Civil Veterinary Department Bihar & Orissa reports 1911-21 - 1911-1921
Year: 1911
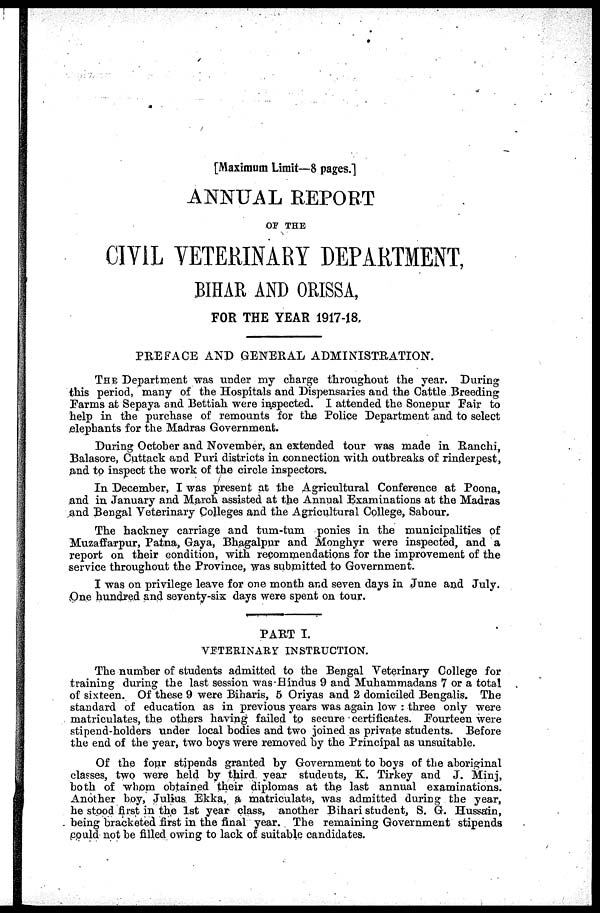
[Maximum Limit—8 pages.]
ANNUAL REPORT
OF THE
CIVIL VETERINARY DEPARTMENT,
BIHAR AND ORISSA,
FOR THE YEAR 1917-18.
PREFACE AND GENERAL ADMINISTRATION.
THE Department was under my charge throughout the year. During
this period, many of the Hospitals and Dispensaries and the Cattle Breeding
Farms at Sepaya and Bettiah were inspected. I attended the Sonepur Pair to
help in the purchase of remounts for the Police Department and to select
elephants for the Madras Government.
During October and November, an extended tour was made in Ranchi,
Balasore, Cuttack and Puri districts in connection with outbreaks of rinderpest,
and to inspect the work of the circle inspectors.
In December, I was present at the Agricultural Conference at Poona,
and in January and March assisted at the Annual Examinations at the Madras
and Bengal Veterinary Colleges and the Agricultural College, Sabour.
The hackney carriage and tum-tum ponies in the municipalities of
Muzaffarpur, Patna, Gaya, Bhagalpur and Monghyr were inspected, and a
report on their condition, with recommendations for the improvement of the
service throughout the Province, was submitted to Government.
I was on privilege leave for one month and seven days in June and July.
One hundred and seventy-six days were spent on tour.
PART I.
VETERINARY INSTRUCTION.
The number of students admitted to the Bengal Veterinary College for
training during the last session was Hindus 9 and Muhammadans 7 or a total
of sixteen. Of these 9 were Biharis, 5 Oriyas and 2 domiciled Bengalis. The
standard of education as in previous years was again low : three only were
matriculates, the others having failed to secure certificates. Fourteen were
stipend-holders under local bodies and two joined as private students. Before
the end of the year, two boys were removed by the Principal as unsuitable.
Of the four stipends granted by Government to boys of the aboriginal
classes, two were held by third year studeuts, K. Tirkey and J. Minj,
both of whom obtained their diplomas at the last annual examinations.
Another boy, Julius Ekka, a matriculate, was admitted during the year,
he stood first in the 1st year class, another Bihari student, S. G. Hussain,
being bracketed first in the final year. The remaining Government stipends
could not be filled owing to lack of suitable candidates.